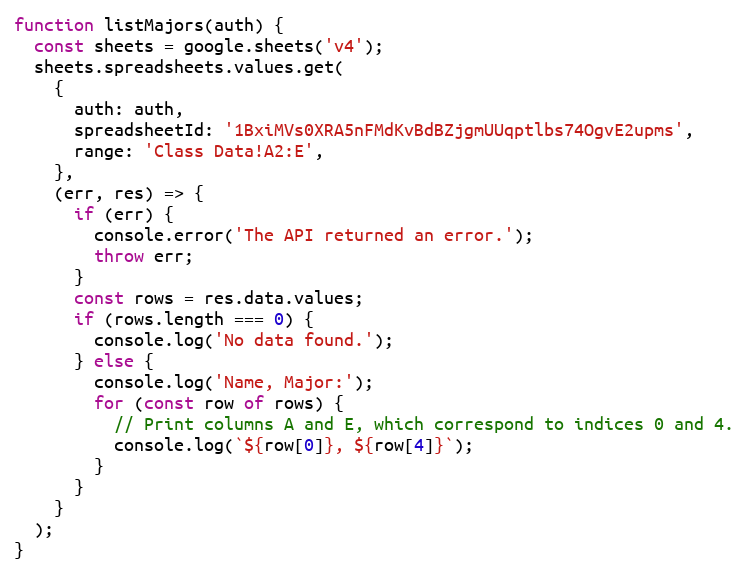
Language: JavaScript
function listMajors(auth) {
  const sheets = google.sheets('v4');
  sheets.spreadsheets.values.get(
    {
      auth: auth,
      spreadsheetId: '1BxiMVs0XRA5nFMdKvBdBZjgmUUqptlbs74OgvE2upms',
      range: 'Class Data!A2:E',
    },
    (err, res) => {
      if (err) {
        console.error('The API returned an error.');
        throw err;
      }
      const rows = res.data.values;
      if (rows.length === 0) {
        console.log('No data found.');
      } else {
        console.log('Name, Major:');
        for (const row of rows) {
          // Print columns A and E, which correspond to indices 0 and 4.
          console.log(`${row[0]}, ${row[4]}`);
        }
      }
    }
  );
}